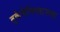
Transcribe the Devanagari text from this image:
तुर्कमेनिस्तानला